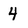
Character: 4